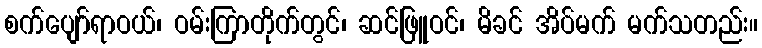
စက်ပျော်ရာဝယ်၊ ဝမ်းကြာတိုက်တွင်၊ ဆင်ဖြူဝင်၊ မိခင် အိပ်မက် မက်သတည်း။